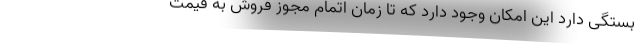
بستگی دارد این امکان وجود دارد که تا زمان اتمام مجوز فروش به قیمت